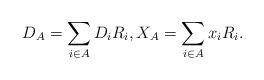
LaTeX: \begin{align*}D_{A}=\sum_{i\in A}D_i R_i,X_{A}=\sum_{i\in A}x_i R_i.\end{align*}